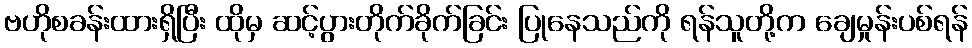
ဗဟိုစခန်းထားရှိပြီး ထိုမှ ဆင့်ပွားတိုက်ခိုက်ခြင်း ပြုနေသည်ကို ရန်သူတို့က ချေမှုန်းပစ်ရန်